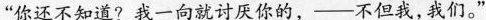
“你还不知道?我一向就讨厌你的，一一不但我,我们。“